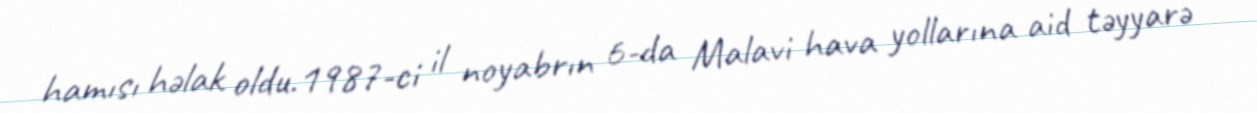
hamısı həlak oldu.1987-ci il noyabrın 6-da Malavi hava yollarına aid təyyarə